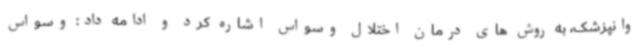
وانپزشک، به روش های درمان اختلال وسواس اشاره کرد و ادامه داد: وسواس